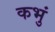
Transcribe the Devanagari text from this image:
कभुं